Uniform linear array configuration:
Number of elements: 48
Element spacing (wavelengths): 0.5
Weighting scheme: blackman
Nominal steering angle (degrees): -15
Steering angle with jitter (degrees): -13.127
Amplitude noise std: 0.05
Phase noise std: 0.05

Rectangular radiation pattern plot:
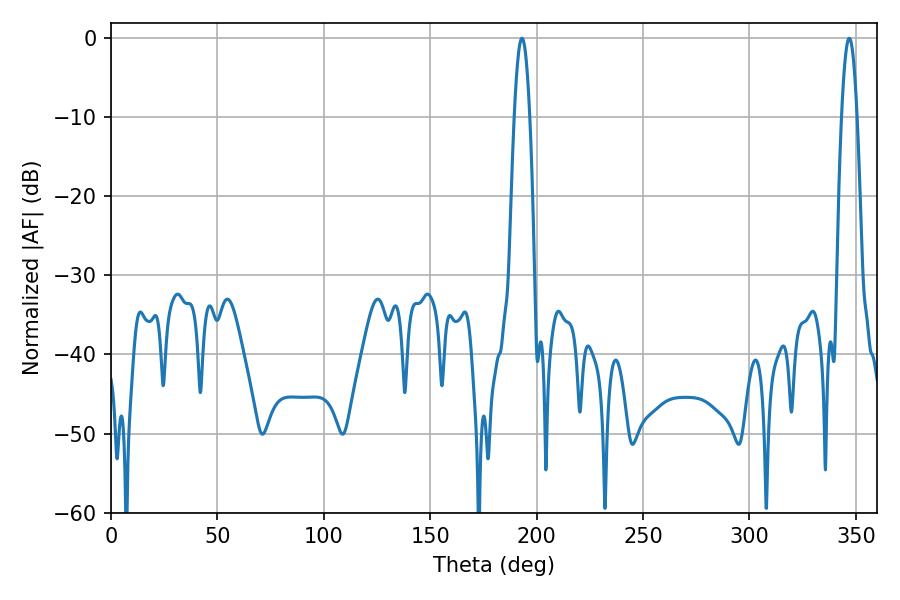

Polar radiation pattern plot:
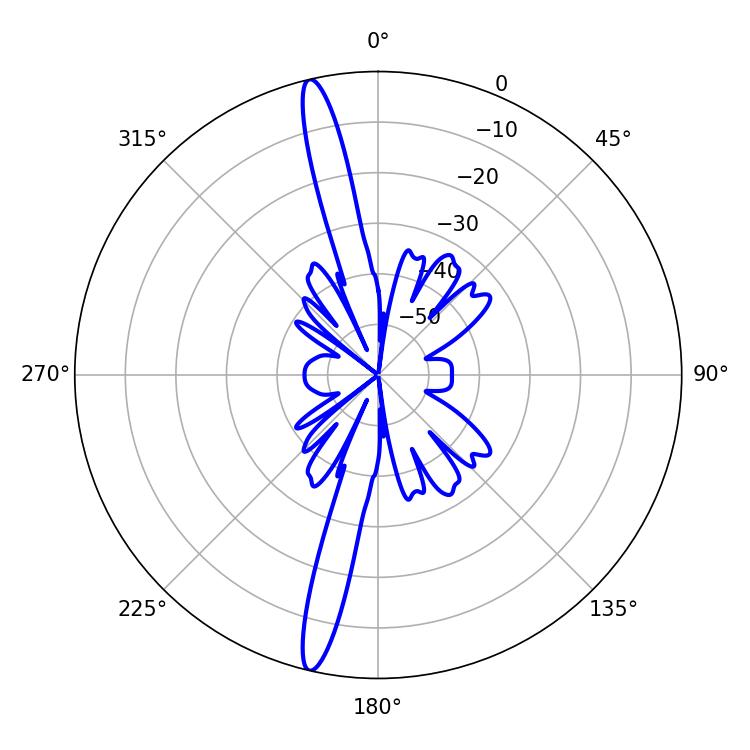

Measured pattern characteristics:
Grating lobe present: FALSE
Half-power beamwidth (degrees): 3.96
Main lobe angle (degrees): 193.14